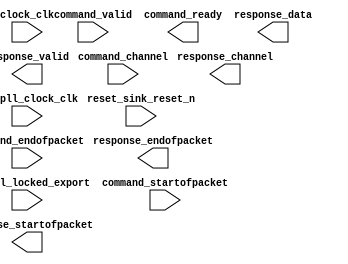
// This program was cloned from: https://github.com/drandyhaas/Haasoscope
// License: MIT License


module myadc (
	adc_pll_clock_clk,
	adc_pll_locked_export,
	clock_clk,
	command_valid,
	command_channel,
	command_startofpacket,
	command_endofpacket,
	command_ready,
	reset_sink_reset_n,
	response_valid,
	response_channel,
	response_data,
	response_startofpacket,
	response_endofpacket);	

	input		adc_pll_clock_clk;
	input		adc_pll_locked_export;
	input		clock_clk;
	input		command_valid;
	input	[4:0]	command_channel;
	input		command_startofpacket;
	input		command_endofpacket;
	output		command_ready;
	input		reset_sink_reset_n;
	output		response_valid;
	output	[4:0]	response_channel;
	output	[11:0]	response_data;
	output		response_startofpacket;
	output		response_endofpacket;
endmodule